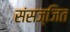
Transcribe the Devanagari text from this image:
संसज्जित